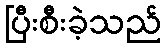
ပြီးစီးခဲ့သည်